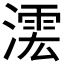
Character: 𣾲